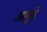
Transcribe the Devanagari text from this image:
आमुते